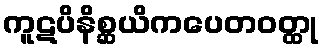
ကူဋပိနိစ္ဆယိကပေတဝတ္ထု